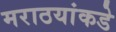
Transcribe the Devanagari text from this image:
मराठयांकडे